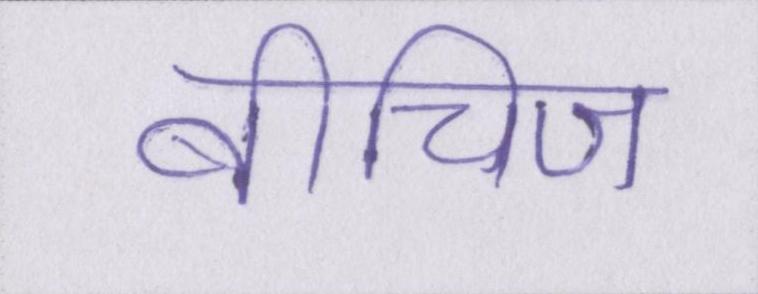
बीचिज